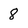
Character: 8